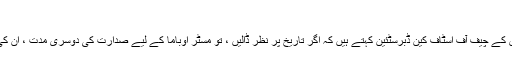
‘‘
لیکن ریگن کے دور میں وائٹ ہاؤس کے چیف آف اسٹاف کین ڈبرسٹئین کہتے ہیں کہ اگر تاریخ پر نظر ڈالیں ، تو مسٹر اوباما کے لیے صدارت کی دوسری مدت ، ان کی پہلی مدت سے زیادہ مشکل ہو گی۔